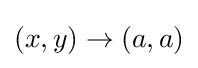
(x,y)\to (a,a)